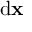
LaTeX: { \mathrm { d } } \mathbf { x }